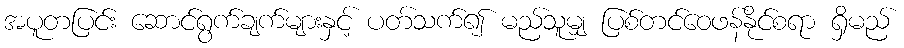
အပူတပြင်း ဆောင်ရွက်ချက်များနှင့် ပတ်သက်၍ မည်သူမျှ ပြစ်တင်ဝေဖန်နိုင်စရာ ရှိမည်